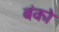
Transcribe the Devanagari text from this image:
बंको